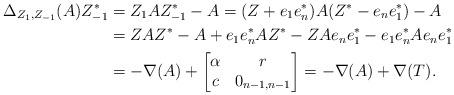
LaTeX: \begin{align*}\Delta_{Z_1, Z_{-1}}(A) Z_{-1}^*& = Z_1 A Z_{-1}^* - A= (Z + e_1 e_n^*) A (Z^* - e_n e_1^*) - A \\& = Z A Z^* - A + e_1 e_n^* A Z^* - Z A e_n e_1^* - e_1 e_n^* A e_n e_1^*\\& = - \nabla(A) + \begin{bmatrix} \alpha & r\\ c & 0_{n-1,n-1} \end{bmatrix}= - \nabla(A) + \nabla(T).\end{align*}